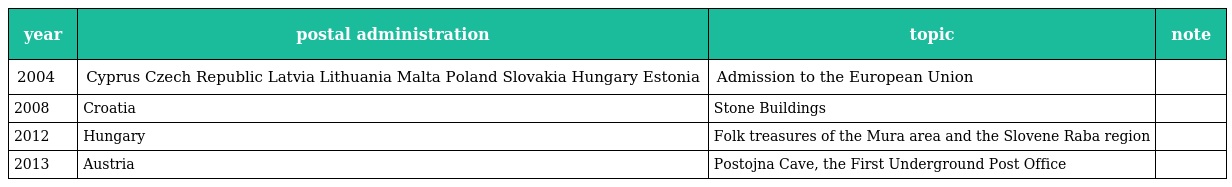
| year | postal administration | topic | note |
 | --- | --- | --- | --- |
 | 2004 | Cyprus Czech Republic Latvia Lithuania Malta Poland Slovakia Hungary Estonia | Admission to the European Union |  |
 | 2008 | Croatia | Stone Buildings |  |
 | 2012 | Hungary | Folk treasures of the Mura area and the Slovene Raba region |  |
 | 2013 | Austria | Postojna Cave, the First Underground Post Office |  |